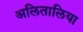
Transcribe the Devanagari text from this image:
अलितालिया